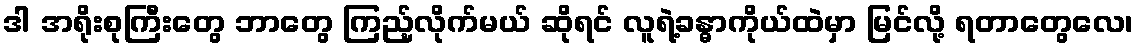
ဒါ အရိုးစုကြီးတွေ ဘာတွေ ကြည့်လိုက်မယ် ဆိုရင် လူရဲ့ခန္ဓာကိုယ်ထဲမှာ မြင်လို့ ရတာတွေလေ၊